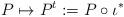
LaTeX: \begin{align*} P \mapsto P^t := P \circ \iota^*\end{align*}